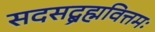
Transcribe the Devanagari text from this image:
सदसद्ब्रह्मवित्तमः